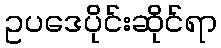
ဥပဒေပိုင်းဆိုင်ရာ